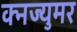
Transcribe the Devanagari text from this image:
क्नज्युमर